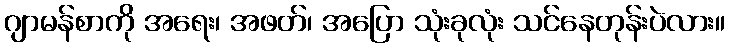
ဂျာမန်စာကို အရေး၊ အဖတ်၊ အပြော သုံးခုလုံး သင်နေတုန်းပဲလား။